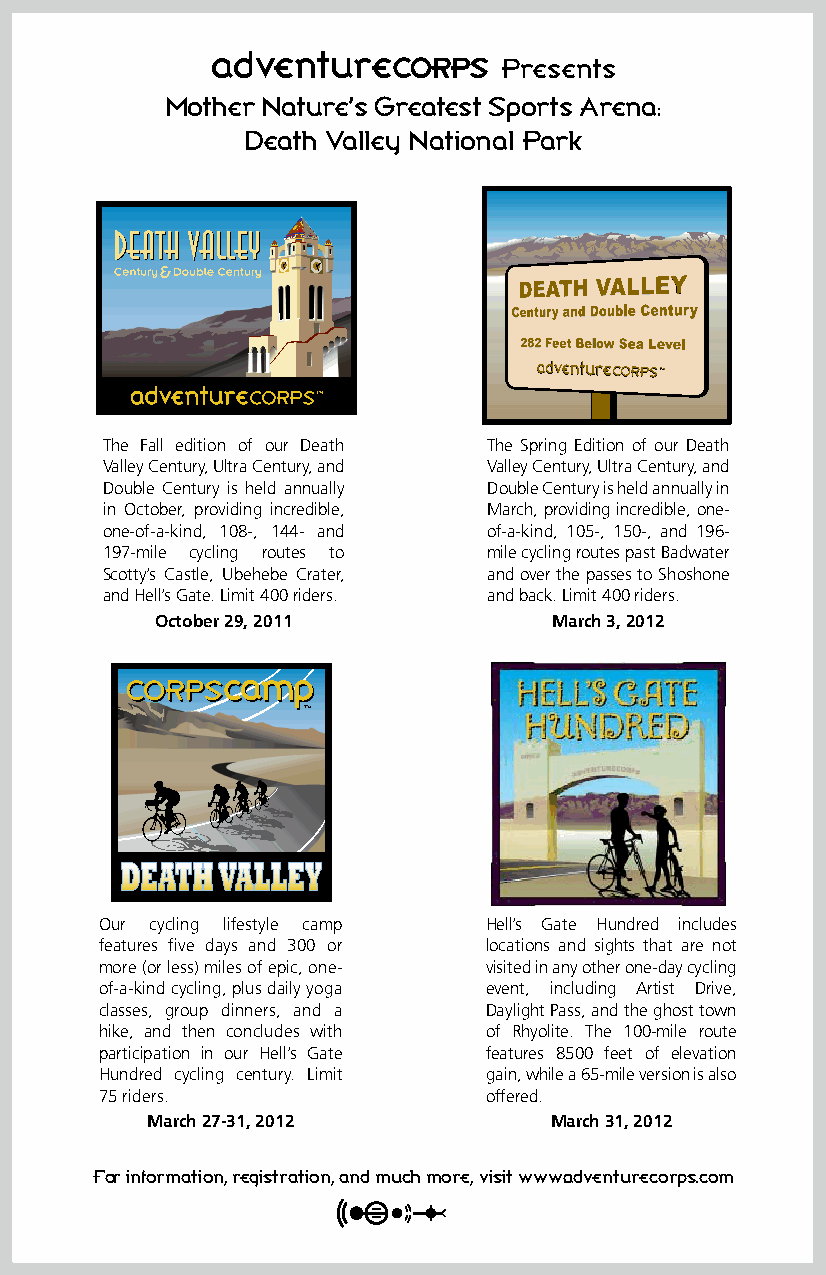
adventure
 Presents
 Mother Nature’s Greatest Sports Arena:
 Death Valley National Park
 The Fall edition of our Death The Spring Edition of our Death
 Valley Century, Ultra Century, and Valley Century, Ultra Century, and
 Double Century is held annually Double Century is held annually in
 in October, providing incredible, March, providing incredible, one-
 one-of-a-kind, 108-, 144- and of-a-kind, 105-, 150-, and 196-
 197-mile cycling routes to mile cycling routes past Badwater
 Scotty’s Castle, Ubehebe Crater, and over the passes to Shoshone
 and Hell’s Gate. Limit 400 riders. and back. Limit 400 riders.
 October 29, 2011           March 3, 2012
 Our cycling lifestyle camp Hell’s Gate Hundred includes
 features five days and 300 or locations and sights that are not
 more (or less) miles of epic, one- visited in any other one-day cycling
 of-a-kind cycling, plus daily yoga event, including Artist Drive,
 classes, group dinners, and a Daylight Pass, and the ghost town
 hike, and then concludes with of Rhyolite. The 100-mile route
 participation in our Hell’s Gate features 8500 feet of elevation
 Hundred cycling century. Limit gain, while a 65-mile version is also
 75 riders.               offered.
 March 27-31, 2012         March 31, 2012
 For information, registration, and much more, visit www.adventurecorps.com